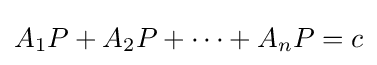
A_{1}P+A_{2}P+\cdots +A_{n}P=c